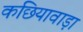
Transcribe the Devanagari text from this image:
कछियावाड़ा